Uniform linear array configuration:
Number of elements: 12
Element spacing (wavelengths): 0.25
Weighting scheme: uniform
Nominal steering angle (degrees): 15
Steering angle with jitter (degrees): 15.212
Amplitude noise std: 0.05
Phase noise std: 0.05

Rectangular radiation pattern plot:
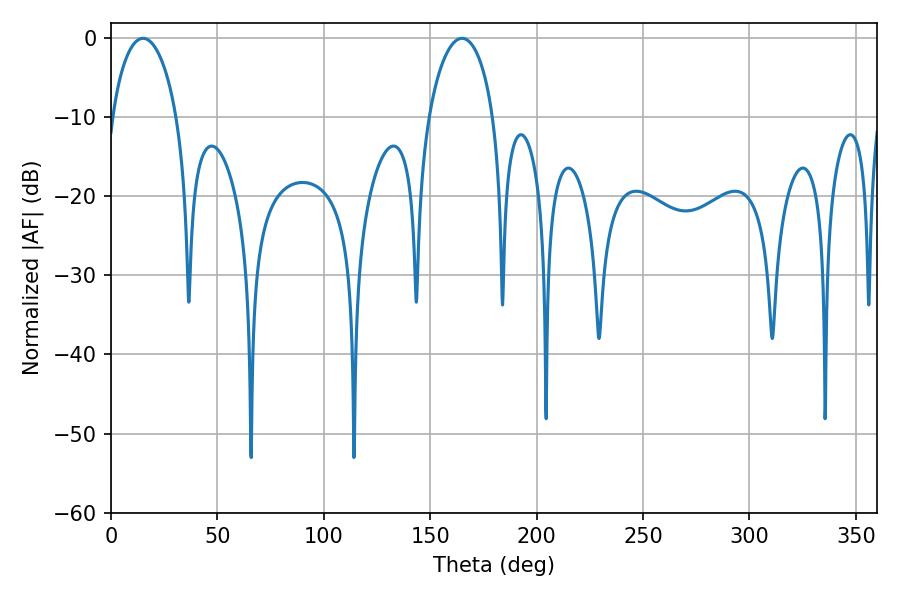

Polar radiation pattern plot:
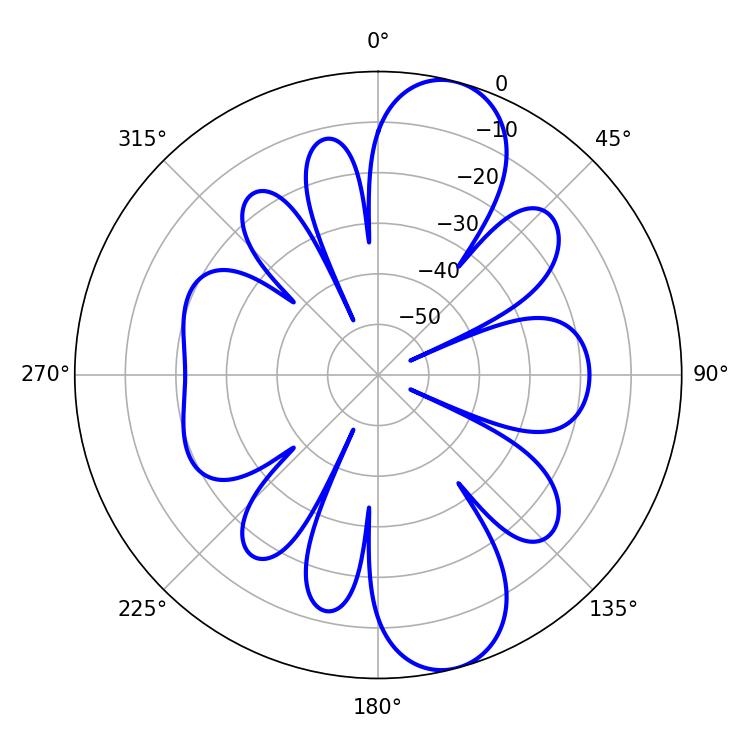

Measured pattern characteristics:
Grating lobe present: FALSE
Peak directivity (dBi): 10.75
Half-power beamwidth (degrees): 17.46
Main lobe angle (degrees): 15.12